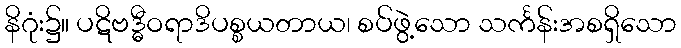
နိဂုံး၌။ ပဋိဗဒ္ဓီဝရာဒိပစ္စယတာယ၊ စပ်ဖွဲ့သော သင်္ကန်းအစရှိသော